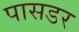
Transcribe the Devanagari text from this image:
पासडर